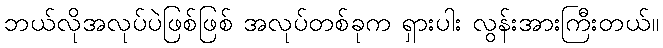
ဘယ်လိုအလုပ်ပဲဖြစ်ဖြစ် အလုပ်တစ်ခုက ရှားပါး လွန်းအားကြီးတယ်။